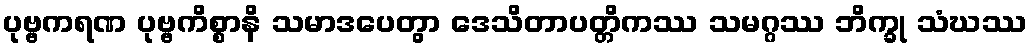
ပုဗ္ဗကရဏ ပုဗ္ဗကိစ္စာနိ သမာဒပေတွာ ဒေသိတာပတ္တိကဿ သမဂ္ဂဿ ဘိက္ခု သံဃဿ